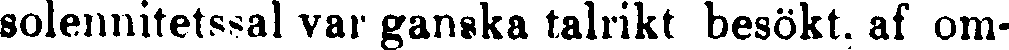
solennitetssal var ganska talrikt besökt, af om-